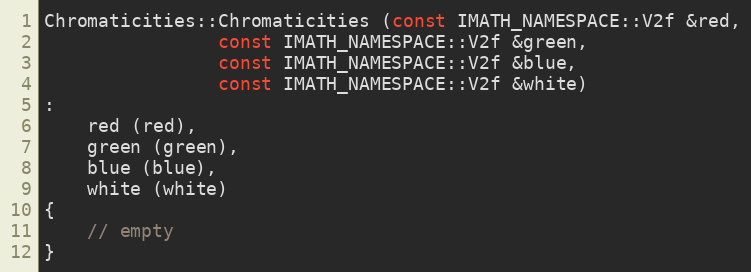
Language: C++
Chromaticities::Chromaticities (const IMATH_NAMESPACE::V2f &red,
				const IMATH_NAMESPACE::V2f &green,
				const IMATH_NAMESPACE::V2f &blue,
				const IMATH_NAMESPACE::V2f &white)
:
    red (red),
    green (green),
    blue (blue),
    white (white)
{
    // empty
}